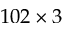
1 0 2 \times 3